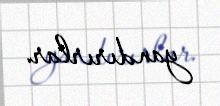
yandırırlar.